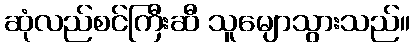
ဆုံလည်စင်ကြီးဆီ သူမျောသွားသည်။